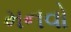
મનવો